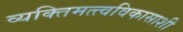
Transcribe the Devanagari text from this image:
व्यक्तिमत्त्वविकासाशी